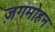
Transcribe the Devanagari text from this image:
ज़गमोहन